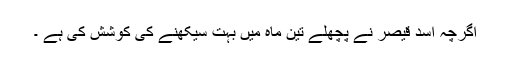
اگرچہ اسد قیصر نے پچھلے تین ماہ میں بہت سیکھنے کی کوشش کی ہے ۔